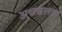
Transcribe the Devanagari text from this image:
अचञ्चलाय